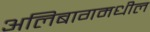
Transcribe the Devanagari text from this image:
अलिबागमधील